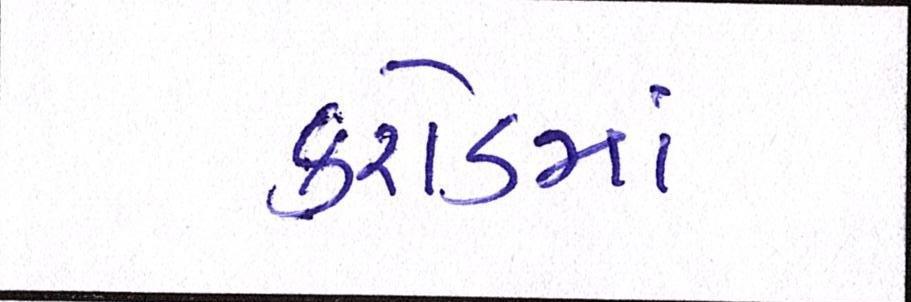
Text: કરોડમાં